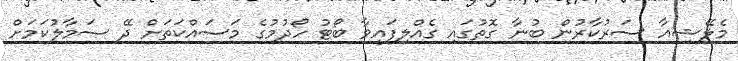
މެލޭޝިއާ ސަރުކާރުން ބުނާ ގޮތުގައި ގެއްލިފައިވާ ބޯޓު ހޯދުމުގެ މަސައްކަތަށް ދޭ ސަމާލުކަމަށް